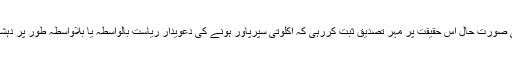
افغانستان ، عراق، شام ، لیبیا اوریمن کی صورت حال اس حقیقت پر مہر تصدیق ثبت کررہی کہ اکلوتی سپرپاور ہونے کی دعویدار ریاست بالواسطہ یا بلاواسطہ طور پر دہشت گردی کو پھیلانے کی مرتکب ہوئی۔